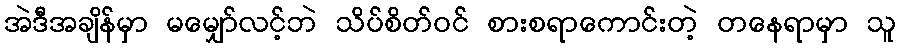
အဲဒီအချိန်မှာ မမျှော်လင့်ဘဲ သိပ်စိတ်ဝင် စားစရာကောင်းတဲ့ တနေရာမှာ သူ